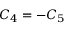
C _ { 4 } = - C _ { 5 }